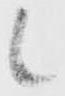
候